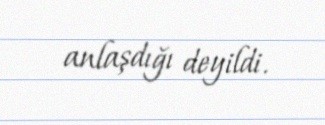
anlaşdığı deyildi.